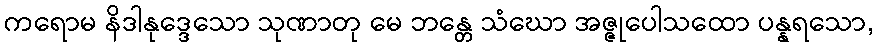
ကရောမ နိဒါနုဒ္ဒေသော သုဏာတု မေ ဘန္တေ သံဃော အဇ္ဇုပေါသထော ပန္နရသော,